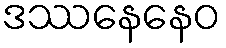
ဒဿနေနေဝ